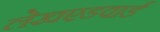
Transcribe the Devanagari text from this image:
लेखएडवार्ड